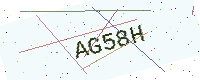
Text: AG58H